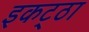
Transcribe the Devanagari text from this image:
इकट्‌ठा